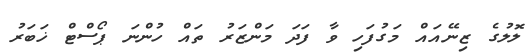
ލޮލުގެ ޒިނޭއައް މަގުފަހި ވާ ފަދަ މަންޒަރު ތައް ހުންނަ ޕޯސްޓް ޚަބަރު